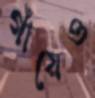
গাঁয়েও